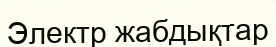
Электр жабдықтар